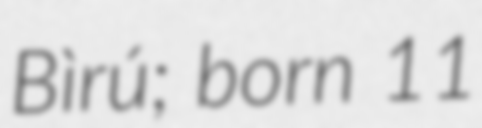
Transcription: Bìrú; born 11